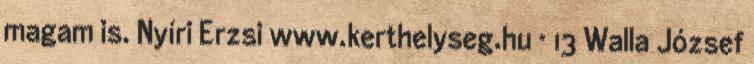
magam is. Nyíri Erzsi www.kerthelyseg.hu · 13 Walla József